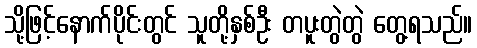
သို့ဖြင့်နောက်ပိုင်းတွင် သူတို့နှစ်ဦး တပူးတွဲတွဲ တွေ့ရသည်။